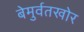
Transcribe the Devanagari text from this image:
बेमुर्वतखोर